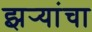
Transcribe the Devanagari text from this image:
झर्‍यांचा